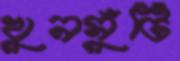
খুনসুঁটি